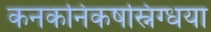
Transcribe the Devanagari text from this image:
कनकनिकषस्निग्धया